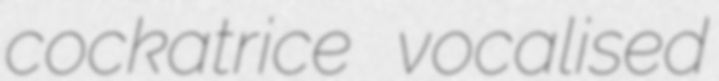
cockatrice vocalised